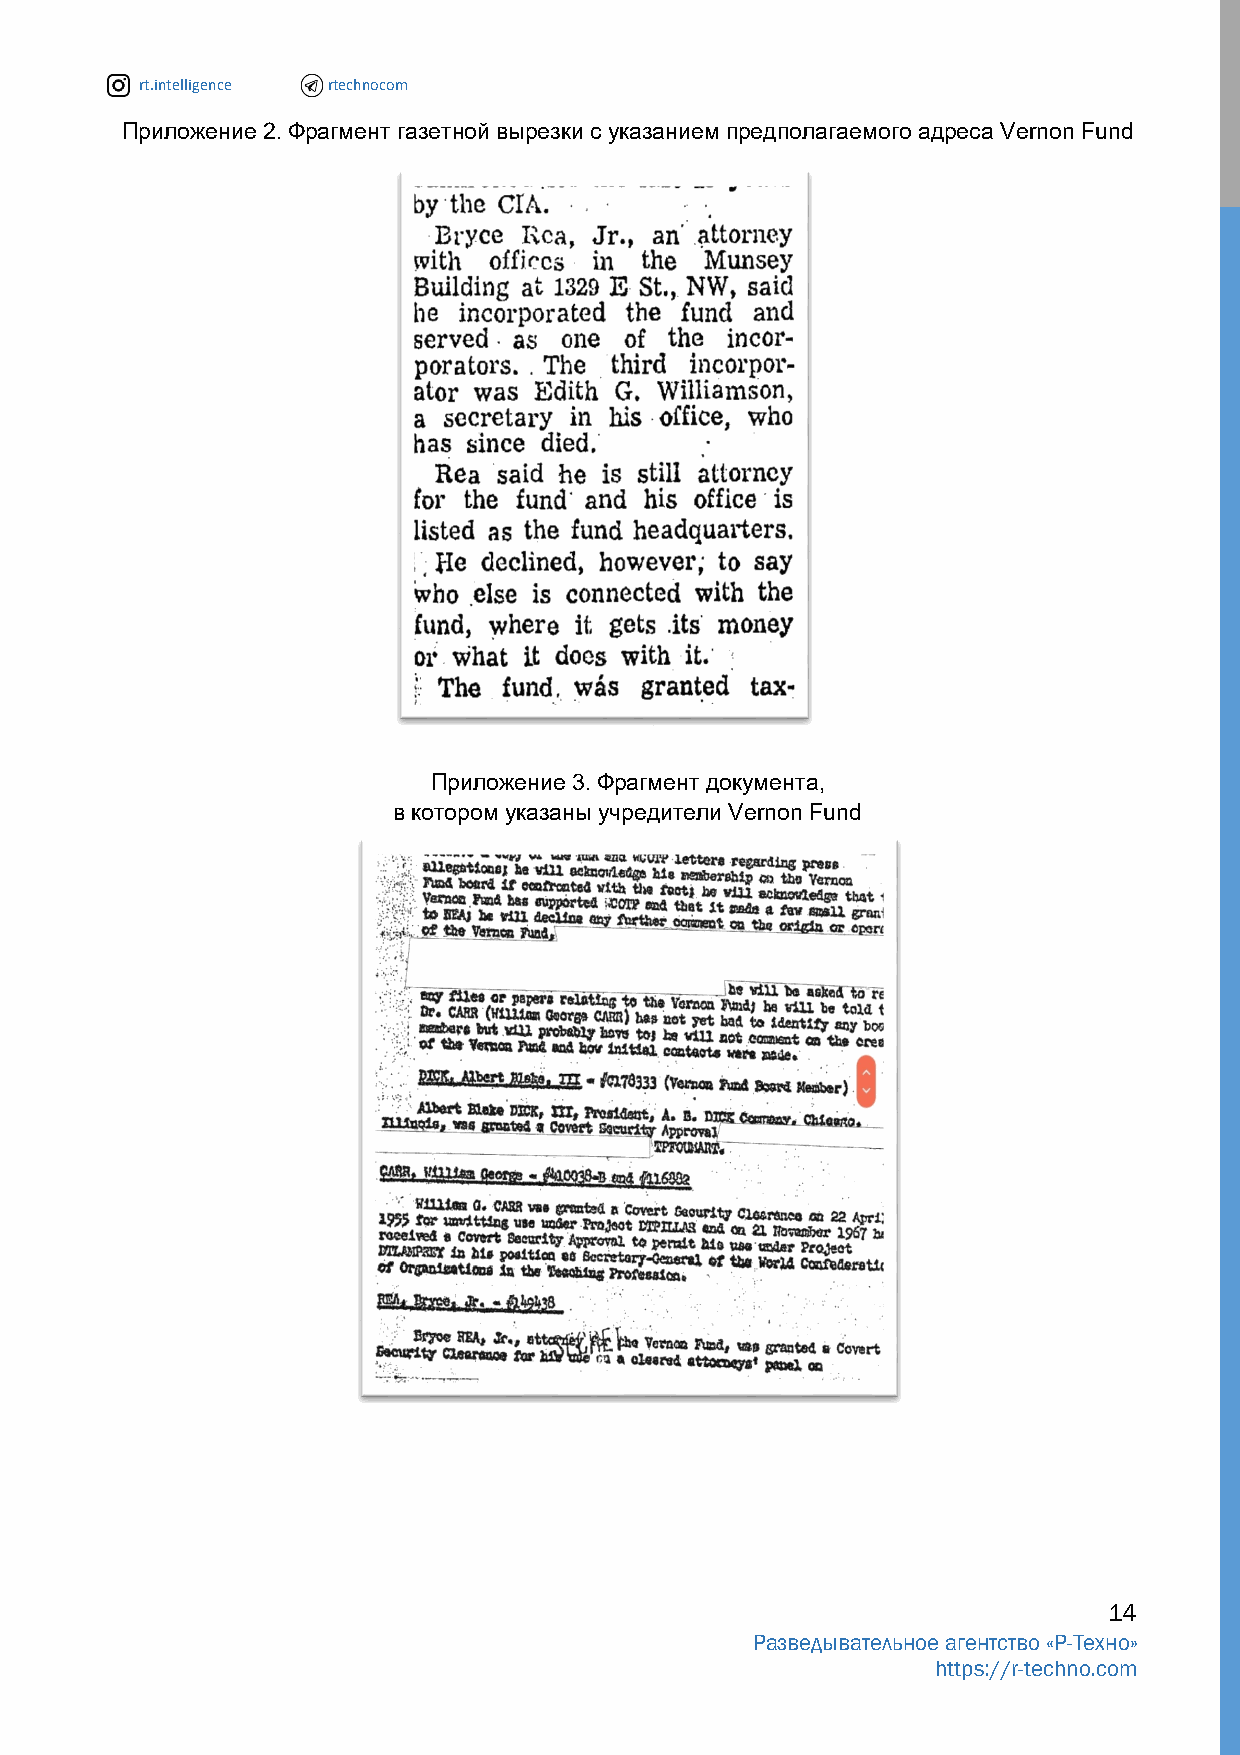
rt.intelligence rtechnocom
 Приложение 2. Фрагмент газетной вырезки с указанием предполагаемого адреса Vernon Fund
 Приложение 3. Фрагмент документа,
 в котором указаны учредители Vernon Fund
 14
 Разведывательное агентство «Р-Техно»
 https://r-techno.com